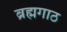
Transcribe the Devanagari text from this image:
ब्रह्मगाठ